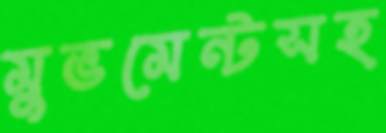
মুভমেন্টসহ